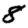
Digit: 8